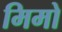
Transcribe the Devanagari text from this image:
मिमो